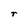
Character: r